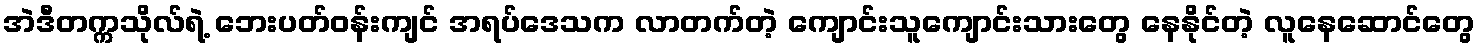
အဲဒီတက္ကသိုလ်ရဲ့ ဘေးပတ်ဝန်းကျင် အရပ်ဒေသက လာတက်တဲ့ ကျောင်းသူကျောင်းသားတွေ နေနိုင်တဲ့ လူနေဆောင်တွေ